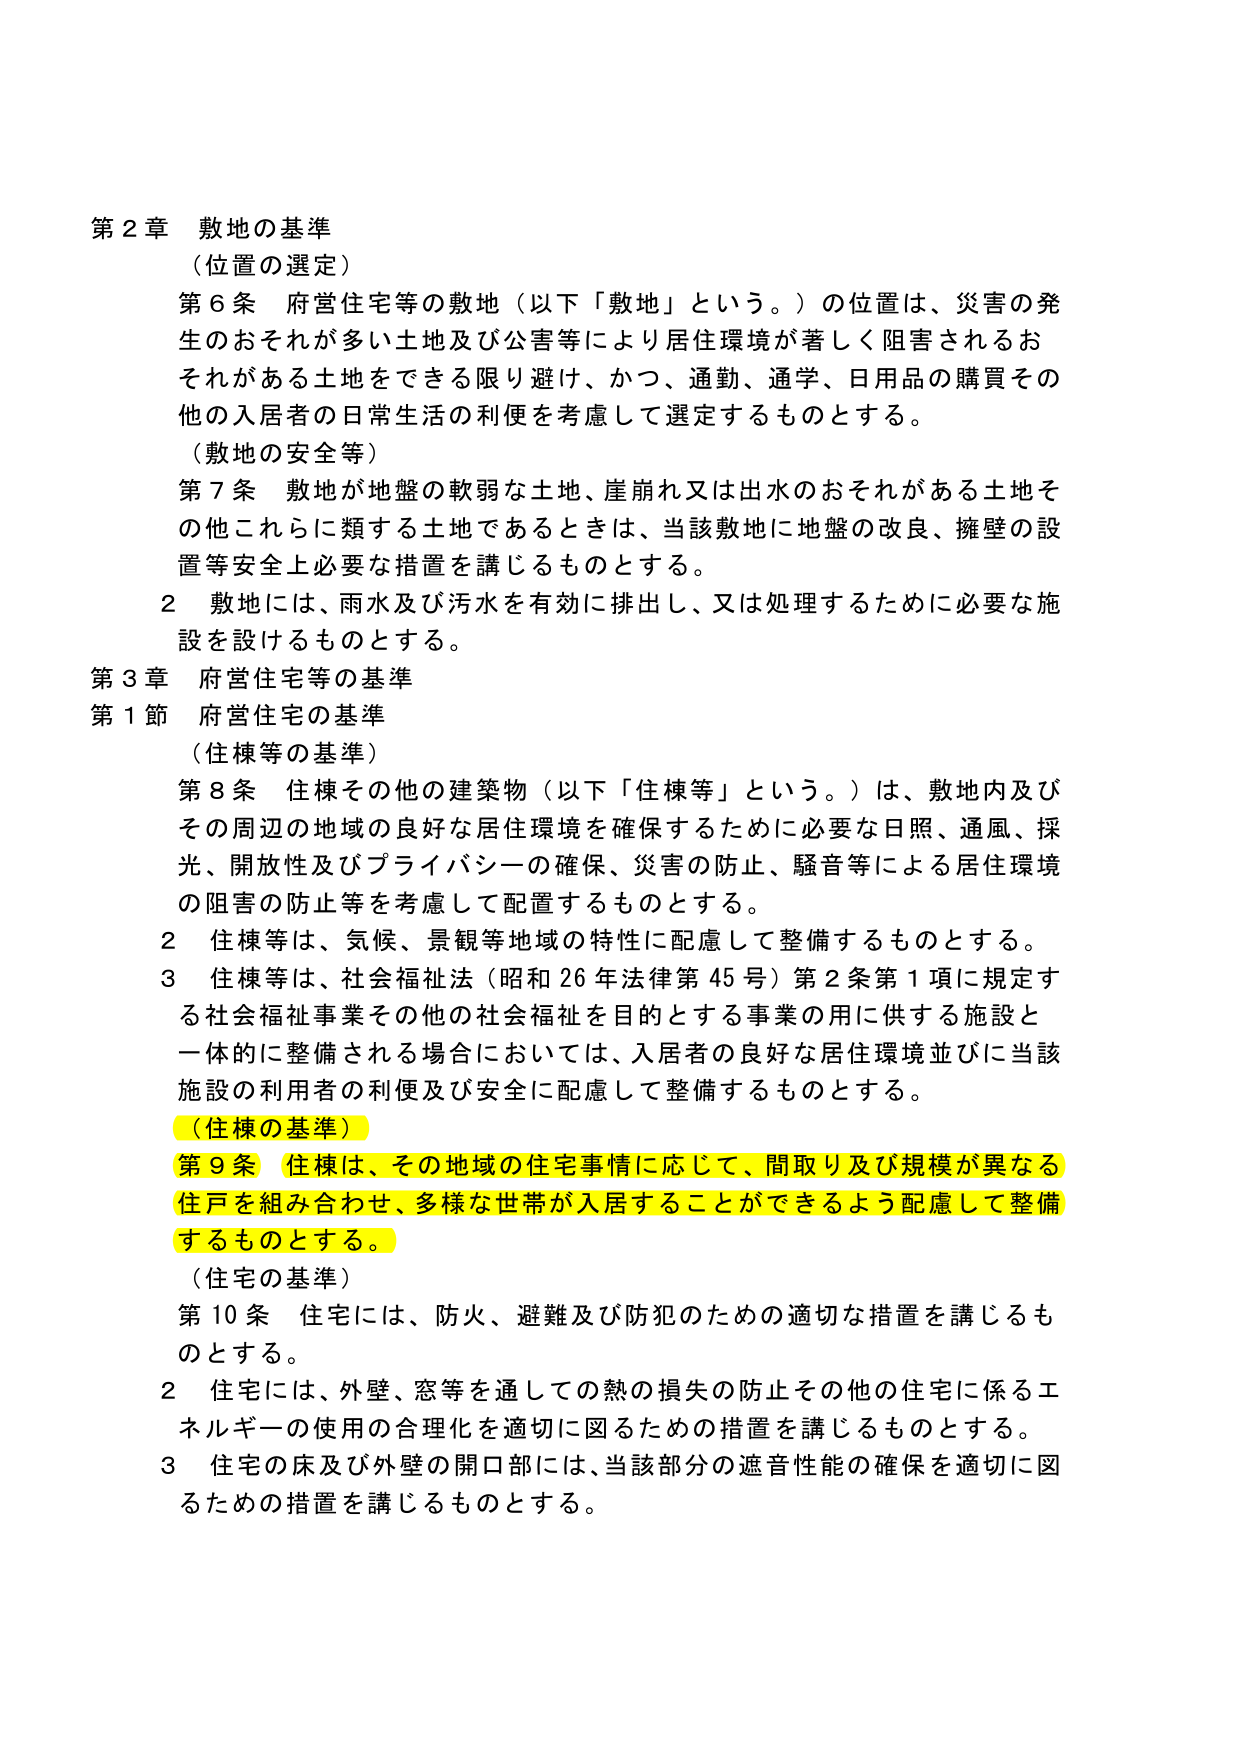
第２章 敷地の基準
（位置の選定）
第６条 府営住宅等の敷地（以下「敷地」という。）の位置は、災害の発生のおそれが多い土地及び公害等により居住環境が著しく阻害されるおそれがある土地をできる限り避け、かつ、通勤、通学、日用品の購買その他の入居者の日常生活の利便を考慮して選定するものとする。
（敷地の安全等）
第７条 敷地が地盤の軟弱な土地、崖崩れ又は出水のおそれがある土地その他これらに類する土地であるときは、当該敷地に地盤の改良、擁壁の設置等安全上必要な措置を講じるものとする。
２ 敷地には、雨水及び汚水を有効に排出し、又は処理するために必要な施設を設けるものとする。
第３章 府営住宅等の基準
第１節 府営住宅の基準
（住棟等の基準）
第８条 住棟その他の建築物（以下「住棟等」という。）は、敷地内及びその周辺の地域の良好な居住環境を確保するために必要な日照、通風、採光、開放性及びプライバシーの確保、災害の防止、騒音等による居住環境の阻害の防止等を考慮して配置するものとする。
２ 住棟等は、気候、景観等地域の特性に配慮して整備するものとする。
３ 住棟等は、社会福祉法（昭和26年法律第45号）第２条第１項に規定する社会福祉事業その他の社会福祉を目的とする事業の用に供する施設と一体的に整備される場合においては、入居者の良好な居住環境並びに当該施設の利用者の利便及び安全に配慮して整備するものとする。
（住棟の基準）
第９条 住棟は、その地域の住宅事情に応じて、間取り及び規模が異なる住戸を組み合わせ、多様な世帯が入居することができるよう配慮して整備するものとする。
（住宅の基準）
第10条 住宅には、防火、避難及び防犯のための適切な措置を講じるものとする。
２ 住宅には、外壁、窓等を通しての熱の損失の防止その他の住宅に係るエネルギーの使用の合理化を適切に図るための措置を講じるものとする。
３ 住宅の床及び外壁の開口部には、当該部分の遮音性能の確保を適切に図るための措置を講じるものとする。